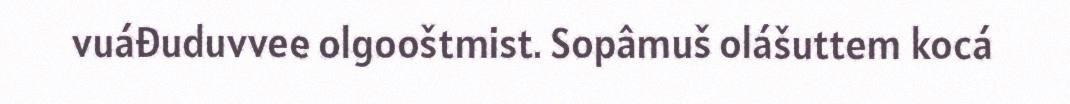
vuáđuduvvee olgooštmist. Sopâmuš olášuttem kocá